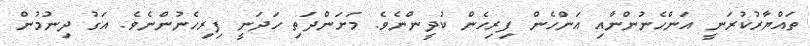
ތައްޔާރުކުރަނީ އަންހެނުންނާއި އަންހެން ފިރިހެން ކުދީންނެވެ. މަށަންދަތި ހަދަނީ ފިރިހެނުންނެވެ. އަގު ދިނުމުން